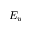
E _ { w }